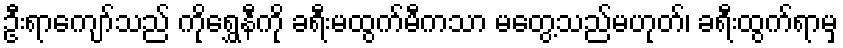
ဦးရာကျော်သည် ကိုရွှေနီကို ခရီးမထွက်မီကသာ မတွေ့သည်မဟုတ်၊ ခရီးထွက်ရာမှ